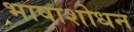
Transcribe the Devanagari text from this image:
भाषाशोधन